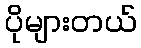
ပိုများတယ်